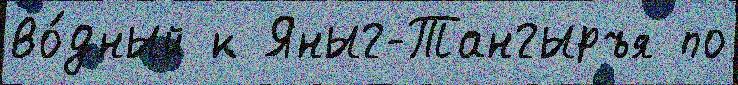
во́дный к Яныг-Тангыръя по